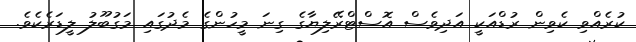
ކުރެއްވި ކެވިން ރުޑްއަކީ އަދިވެސް އޮސްޓްރޭލިޔާގެ ގިނަ މީހުންގެ މެދުގައި މަގުބޫލު ލީޑަރެކެވެ.